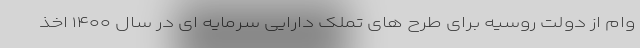
وام از دولت روسیه برای طرح های تملک دارایی سرمایه ای در سال ۱۴۰۰ اخذ